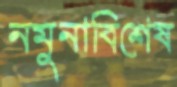
নমুনাবিশেষ